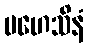
မဟေသိနံ